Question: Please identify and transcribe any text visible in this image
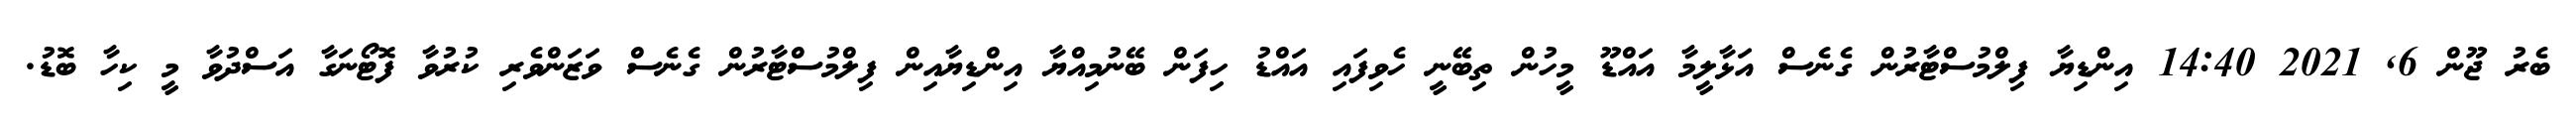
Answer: ބެރު ޖޫން 6, 2021 14:40 އިންޑިޔާ ފިލްމުސްޓާރުން ގެނެސް އަޅާލީމާ އައްޑޫ މީހުން ތިބޭނީ ހެވިފައި އައްޑު ހިފަން ބޭނުމިއްޔާ އިންޑިޔާއިން ފިލްމުސްޓާރުން ގެނެސް ވަޒަންވެރި ކުރުވާ ފޮޓޯނަގާ އަސްދުވާ މީ ކިހާ ބޮޑު.